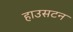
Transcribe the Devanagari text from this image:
हाउसटन